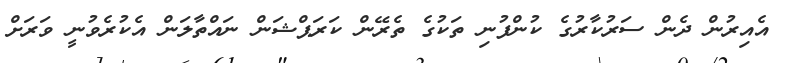
އެއިރުން ދެން ސަރުކާރުގެ ކުންފުނި ތަކުގެ ތެރޭން ކަރަޕްޝަން ނައްތާލަން އެކުރެވުނީ ވަރަށް